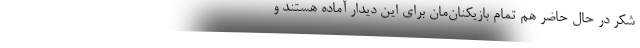
شکر در حال حاضر هم تمام بازیکنان‌مان برای این دیدار آماده هستند و